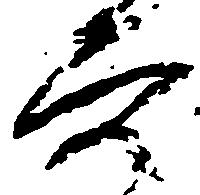
穴